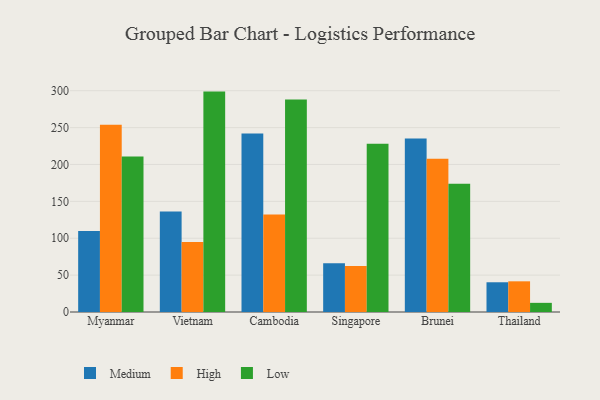
{"axis": {"x": "Country", "y": "Production Output"}, "legend": ["High", "Low", "Medium"], "data": [{"x": "Myanmar", "y": 109.7, "type": "Medium"}, {"x": "Myanmar", "y": 253.9, "type": "High"}, {"x": "Myanmar", "y": 210.7, "type": "Low"}, {"x": "Vietnam", "y": 136.3, "type": "Medium"}, {"x": "Vietnam", "y": 94.8, "type": "High"}, {"x": "Vietnam", "y": 298.8, "type": "Low"}, {"x": "Cambodia", "y": 242.0, "type": "Medium"}, {"x": "Cambodia", "y": 132.2, "type": "High"}, {"x": "Cambodia", "y": 288.2, "type": "Low"}, {"x": "Singapore", "y": 66.0, "type": "Medium"}, {"x": "Singapore", "y": 62.3, "type": "High"}, {"x": "Singapore", "y": 228.1, "type": "Low"}, {"x": "Brunei", "y": 235.2, "type": "Medium"}, {"x": "Brunei", "y": 207.6, "type": "High"}, {"x": "Brunei", "y": 174.0, "type": "Low"}, {"x": "Thailand", "y": 40.3, "type": "Medium"}, {"x": "Thailand", "y": 41.6, "type": "High"}, {"x": "Thailand", "y": 12.4, "type": "Low"}]}